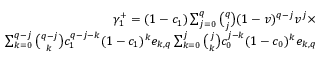
\begin{array} { r } { \gamma _ { 1 } ^ { + } = ( 1 - c _ { 1 } ) \sum _ { j = 0 } ^ { q } { \binom { q } { j } } ( 1 - v ) ^ { q - j } v ^ { j } \times } \\ { \sum _ { k = 0 } ^ { q - j } { \binom { q - j } { k } } c _ { 1 } ^ { q - j - k } ( 1 - c _ { 1 } ) ^ { k } e _ { k , q } \sum _ { k = 0 } ^ { j } { \binom { j } { k } } c _ { 0 } ^ { j - k } ( 1 - c _ { 0 } ) ^ { k } e _ { k , q } } \end{array}